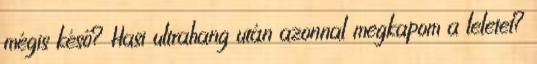
mégis késő? Hasi ultrahang után azonnal megkapom a leletet?